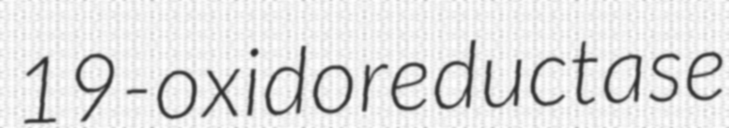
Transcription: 19-oxidoreductase